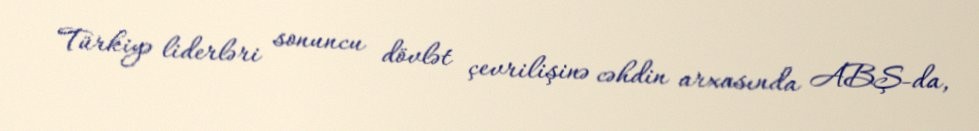
Türkiyə liderləri sonuncu dövlət çevrilişinə cəhdin arxasında ABŞ-da,